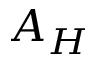
A _ { H }